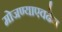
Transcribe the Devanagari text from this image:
मोजण्याएवढेच